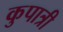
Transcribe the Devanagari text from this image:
कुपात्री